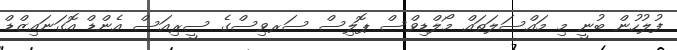
ފުލުހުން ބުނީ މި މައްސަލަތައް މޯލްޑިވްސް ޕޮލިސް ސަރވިސްގެ ސީރިއަސް އެންޑް އޮގަނައިޒްޑް